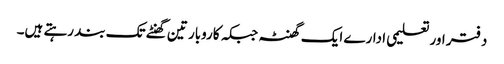
دفتر اور تعلیمی ادارے ایک گھنٹہ جبکہ کاروبار تین گھنٹے تک بند رہتے ہیں۔